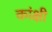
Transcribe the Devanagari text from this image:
कांक्षी